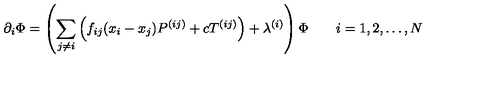
\partial _ { i } \Phi = \left( \sum _ { j \ne i } \left( f _ { i j } ( x _ { i } - x _ { j } ) P ^ { ( i j ) } + c T ^ { ( i j ) } \right) + \lambda ^ { ( i ) } \right) \Phi \qquad i = 1 , 2 , \ldots , N